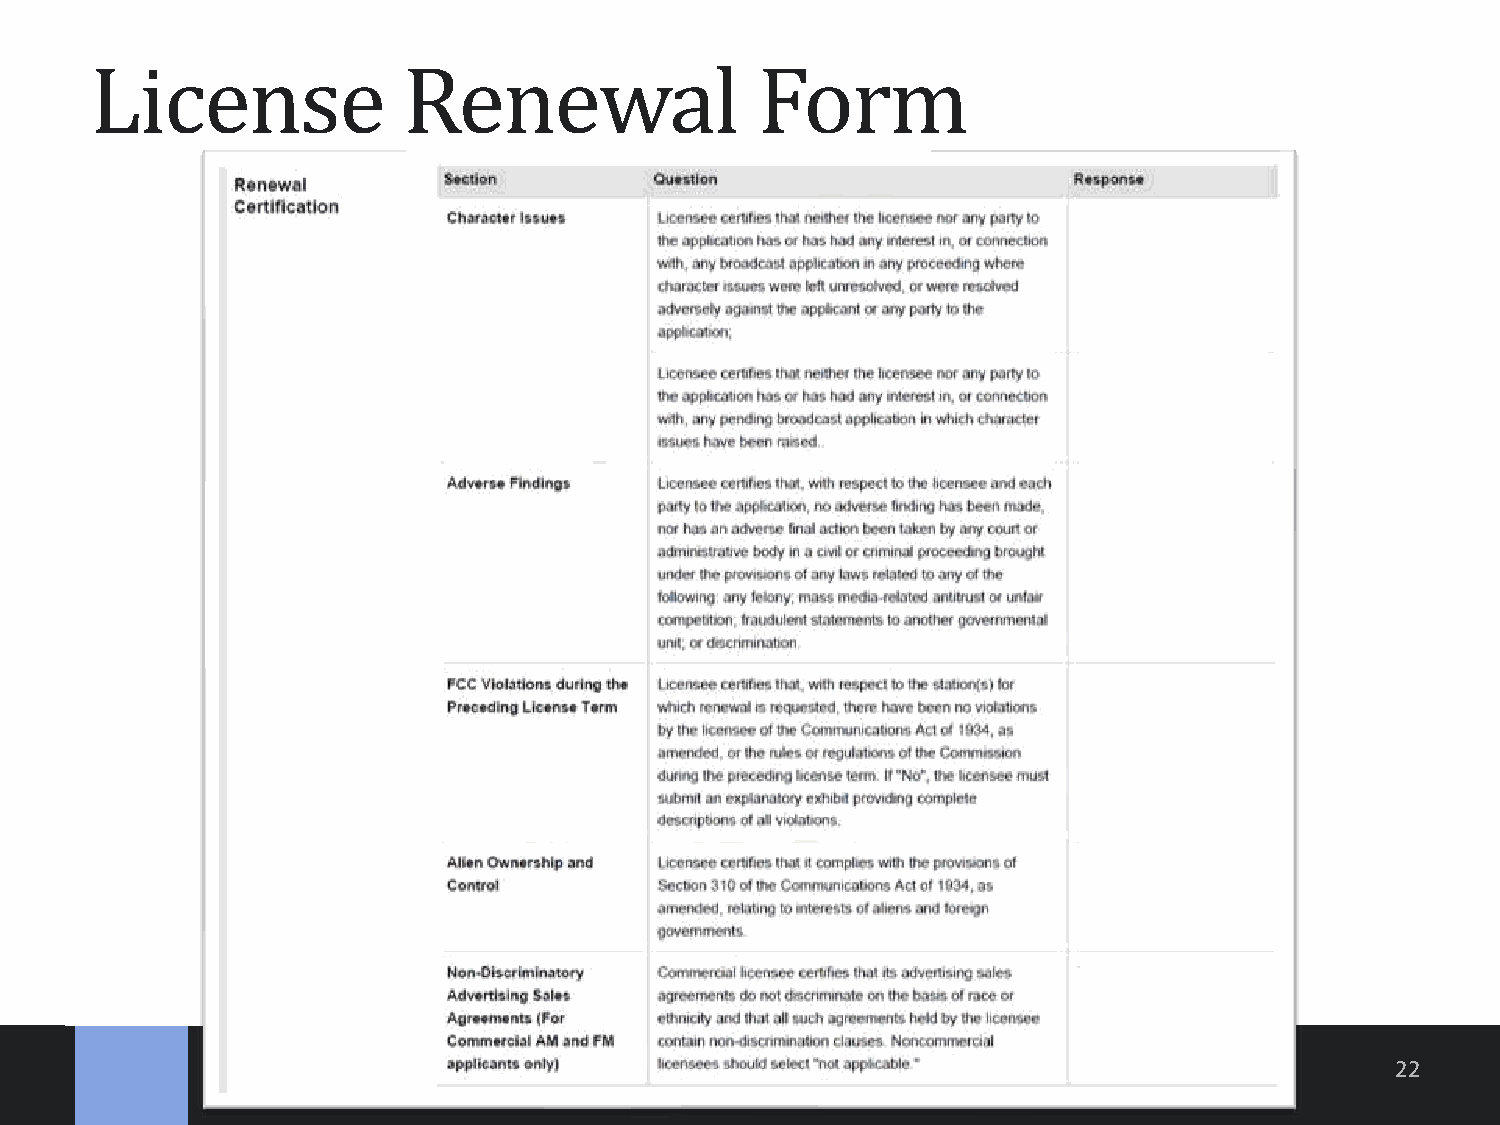
License              Renewal                Form
 22